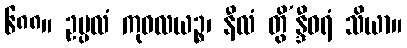
၆၈၈။ ဥပ္ပလံ ကုဝလယဉ္စ၊ နီလံ တွိ’န္ဒီဝရံ သိယာ။